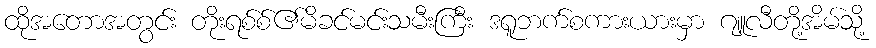
ထိုအတောအတွင်း တိုးရစ်စ်၏မိခင်မင်းသမီးကြီး ဒရူဘက်စကားယားမှာ ဂျူလီတို့အိမ်သို့